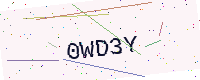
Text: 0WD3Y